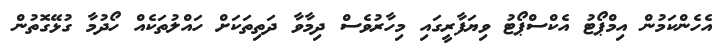
އެހެންކަމުން އިމްޕޯޓު އެކްސްޕޯޓު ވިޔަފާރީގައި މިހާރުވެސް ދިމާވާ ދަތިތަކަށް ހައްލުތަކެއް ހޯދުމާ ގުޅޭގޮތުން